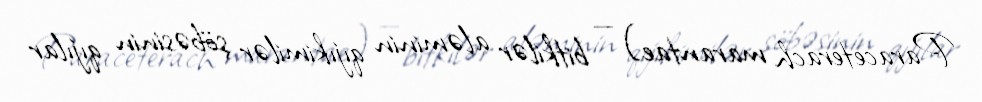
Paraceterach marantae) — bitkilər aləminin qıjıkimilər şöbəsinin qıjılar